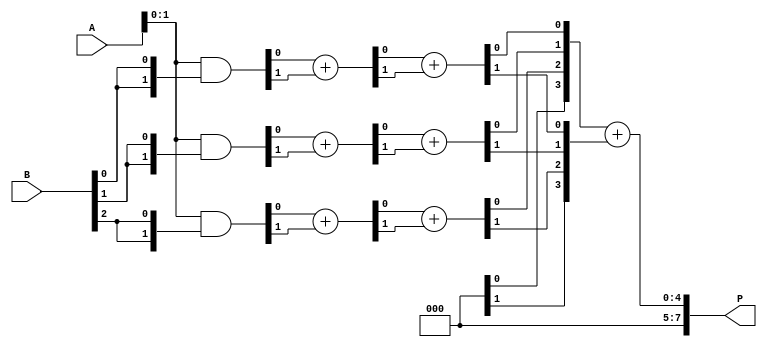
module low_power_wallace_tree_multiplier #(parameter N = 4) (
    input [N-1:0] A,
    input [N-1:0] B,
    output reg [2*N-1:0] P
);

    // Partial product generation
    wire [N-1:0] pp [0:N-1]; // Partial products
    genvar i, j;
    generate
        for (i = 0; i < N; i = i + 1) begin : gen_partial_products
            assign pp[i] = A & {N{B[i]}};
        end
    endgenerate

    // Wallace tree reduction
    wire [N-1:0] sum [0:N-1];
    wire [N-1:0] carry [0:N-1];
    wire [N-1:0] temp_sum [0:N-1];
    wire [N-1:0] temp_carry [0:N-1];

    // First level of reduction
    generate
        for (i = 0; i < N; i = i + 1) begin : level1
            if (i < N-1) begin
                assign {carry[0][i], sum[0][i]} = pp[i][0] + pp[i][1];
            end else begin
                assign sum[0][i] = pp[i][0];
                assign carry[0][i] = 1'b0;
            end
        end
    endgenerate

    // Second level of reduction
    generate
        for (i = 0; i < N-1; i = i + 1) begin : level2
            assign {temp_carry[0][i], temp_sum[0][i]} = sum[0][i] + carry[0][i];
        end
    endgenerate

    // Final addition
    wire [2*N-1:0] final_sum;
    wire [2*N-1:0] final_carry;

    assign final_sum = {1'b0, temp_sum[0]} + {1'b0, temp_carry[0]};

    always @(*) begin
        P = final_sum;
    end

endmodule